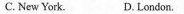
C. New York. D. London.